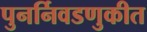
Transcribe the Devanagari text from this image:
पुनर्निवडणुकीत